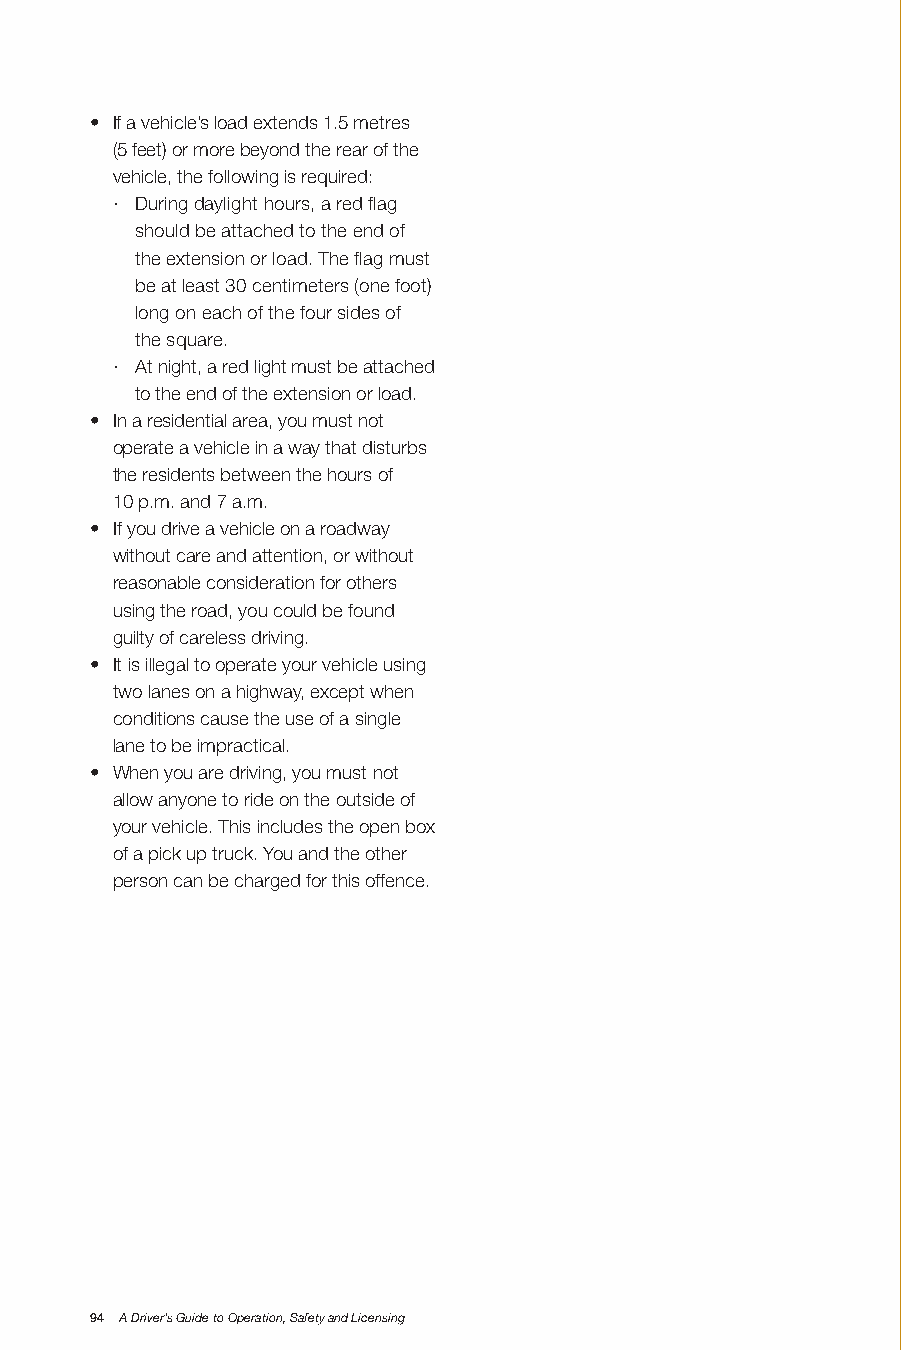
• If a vehicle’s load extends 1.5 metres
 (5 feet) or more beyond the rear of the
 vehicle, the following is required:
 · During daylight hours, a red flag
 should be attached to the end of
 the extension or load. The flag must
 be at least 30 centimeters (one foot)
 long on each of the four sides of
 the square.
 · At night, a red light must be attached
 to the end of the extension or load.
 • In a residential area, you must not
 operate a vehicle in a way that disturbs
 the residents between the hours of
 10 p.m. and 7 a.m.
 • If you drive a vehicle on a roadway
 without care and attention, or without
 reasonable consideration for others
 using the road, you could be found
 guilty of careless driving.
 • It is illegal to operate your vehicle using
 two lanes on a highway, except when
 conditions cause the use of a single
 lane to be impractical.
 • When you are driving, you must not
 allow anyone to ride on the outside of
 your vehicle. This includes the open box
 of a pick up truck. You and the other
 person can be charged for this offence.
 94 A Driver’s Guide to Operation, Safety and Licensing